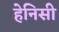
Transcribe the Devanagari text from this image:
हेनिसी